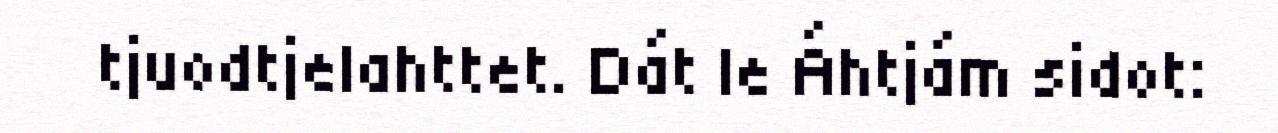
tjuodtjelahttet. Dát le Áhtjám sidot: